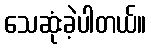
သေဆုံးခဲ့ပါတယ်။